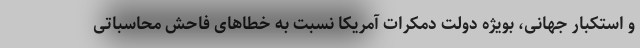
و استکبار جهانی، بویژه دولت دمکرات آمریکا نسبت به خطاهای فاحش محاسباتی